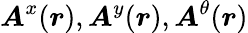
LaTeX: \boldsymbol{A}^{x}(\boldsymbol{r}),\boldsymbol{A}^{y}(\boldsymbol{r}),\boldsymbol{A}^{\theta}(\boldsymbol{r})